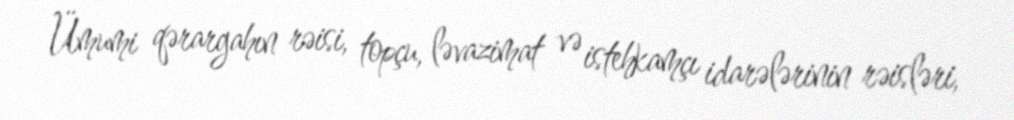
Ümumi qərargahın rəisi, topçu, ləvazimat və istehkamçı idarələrinin rəisləri,